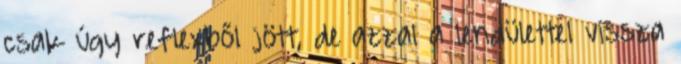
csak úgy reflexből jött, de azzal a lendülettel vissza